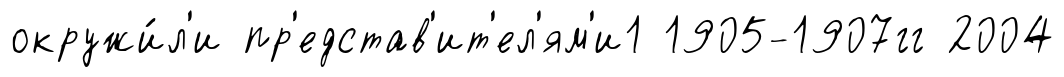
окружи́л'и пр'едстав'ит'ел'ям'и1 1905-1907гг 2004